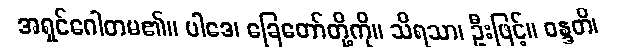
အရှင်ဂေါတမ၏။ ပါဒေ၊ ခြေတော်တို့ကို။ သိရသာ၊ ဦးဖြင့်။ ဝန္ဒတိ၊